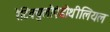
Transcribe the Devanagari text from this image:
रेटिक्युलोएंडोथीलियल